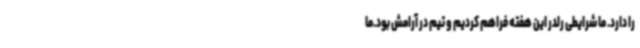
را دارد. ما شرایطی رلدر این هفته فراهم کردیم و تیم در آرامش بود.ما